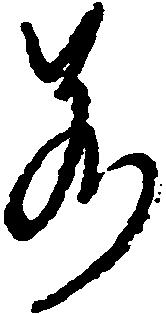
若